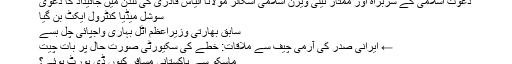
دعوت اسلامی کے سربراہ اور ممتاز ٹیلی ویژن اسلامی اسکالر مولانا الیاس قادری کی لندن میں جائیداد کا دعویٰ
سوشل میڈیا کنٹرول ایکٹ بن گیا
سابق بھارتی وزیراعظم اٹل بہاری واجپائی چل بسے
← ایرانی صدر کی آرمی چیف سے ملاقات: خطے کی سکیورٹی صورت حال پر بات چیت
ماسکو سے پاکستانی مسافر کیوں ڈی پورٹ ہوئے؟